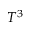
T ^ { 3 }